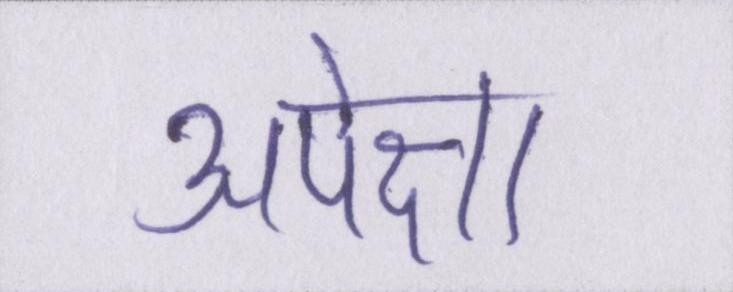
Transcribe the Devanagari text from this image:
अपेक्षा